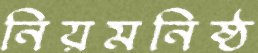
নিয়মনিষ্ঠ